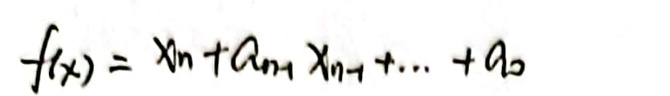
\[
f(x)=x^n + a_{n - 1}x^{n - 1}+\cdots + a_0
\]